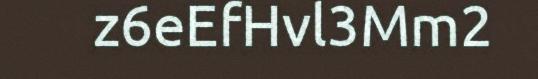
z6eEfHvl3Mm2